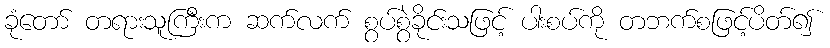
ခုံတော် တရားသူကြီးက ဆက်လက် စွပ်စွဲခိုင်းသဖြင့် ပါးစပ်ကို တဘက်စဖြင့်ပိတ်၍